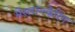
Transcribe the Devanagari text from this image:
मेस्लान्त्केरिंग